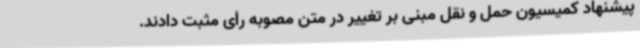
پیشنهاد کمیسیون حمل و نقل مبنی بر تغییر در متن مصوبه رأی مثبت دادند.